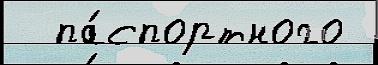
  па́спортного